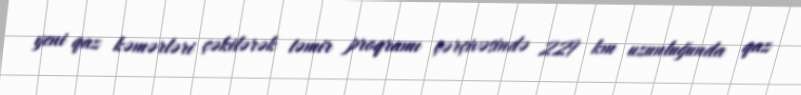
yeni qaz kəmərləri çəkilərək təmir proqramı çərçivəsində 229 km uzunluğunda qaz